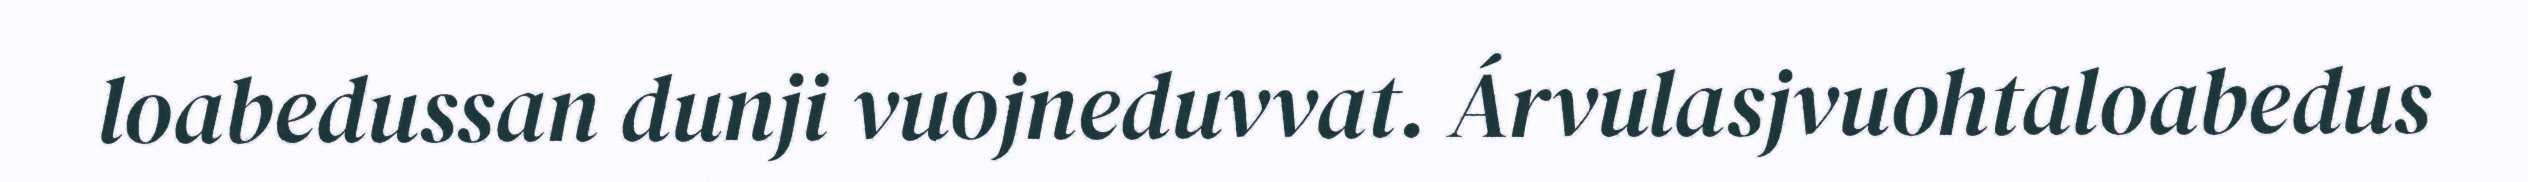
loabedussan dunji vuojneduvvat. Árvulasjvuohtaloabedus